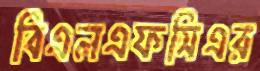
বিএলএফসিএর